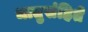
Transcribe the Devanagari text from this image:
धातुसंहिते